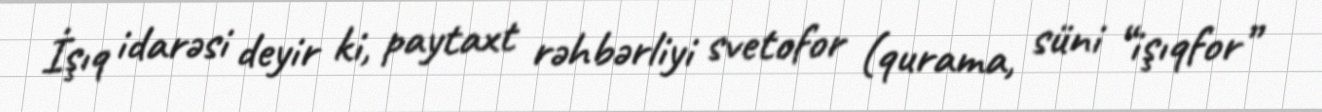
İşıq idarəsi deyir ki, paytaxt rəhbərliyi svetofor (qurama, süni “işıqfor”